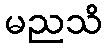
မညသိ